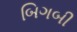
બિગબી